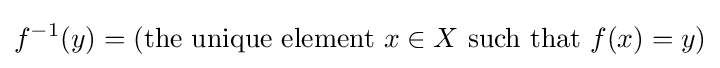
f^{-1}(y)=({\text{the unique element }}x\in X{\text{ such that }}f(x)=y)